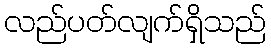
လည်ပတ်လျက်ရှိသည်